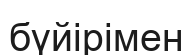
бүйірімен